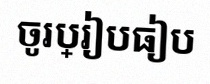
ចូរប្រៀបធៀប